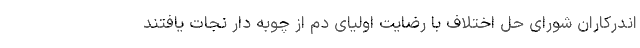
اندرکاران شورای حل اختلاف با رضایت اولیای دم از چوبه دار نجات یافتند